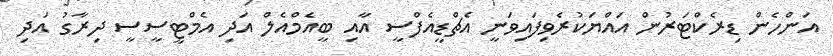
އަންހެން ޑިރެކްޓަރުން އައްޔަކުރެވިފައިވަނީ އެޗްޑީއެފްސީ އާއި ބީއެމްއެލް އަދި އެމްޓީސީސީ ދިރާގު އަދި